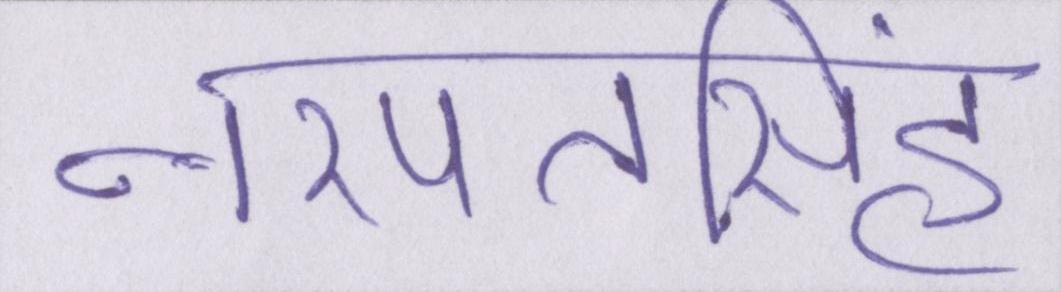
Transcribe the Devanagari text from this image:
नरपतसिंह